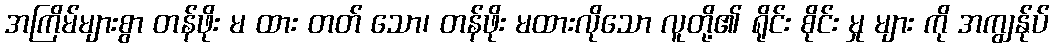
အကြိမ်များစွာ တန်ဖိုး မ ထား တတ် သော၊ တန်ဖိုး မထားလိုသော လူတို့၏ ရိုင်း စိုင်း မှု များ ကို အကျွန်ုပ်